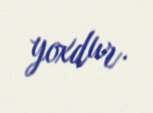
yoxdur.